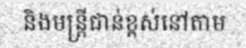
និងមន្ត្រីជាន់ខ្ពស់នៅតាម